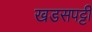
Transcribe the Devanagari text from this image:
खडसपट्टी